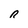
Character: n